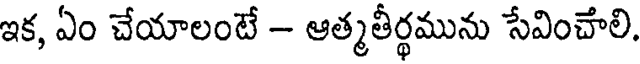
ఇక, ఏం చేయాలంటే - ఆత్మతీర్థమును సేవించాలి.